Leningradi_Edasi_toimetus, lk 142
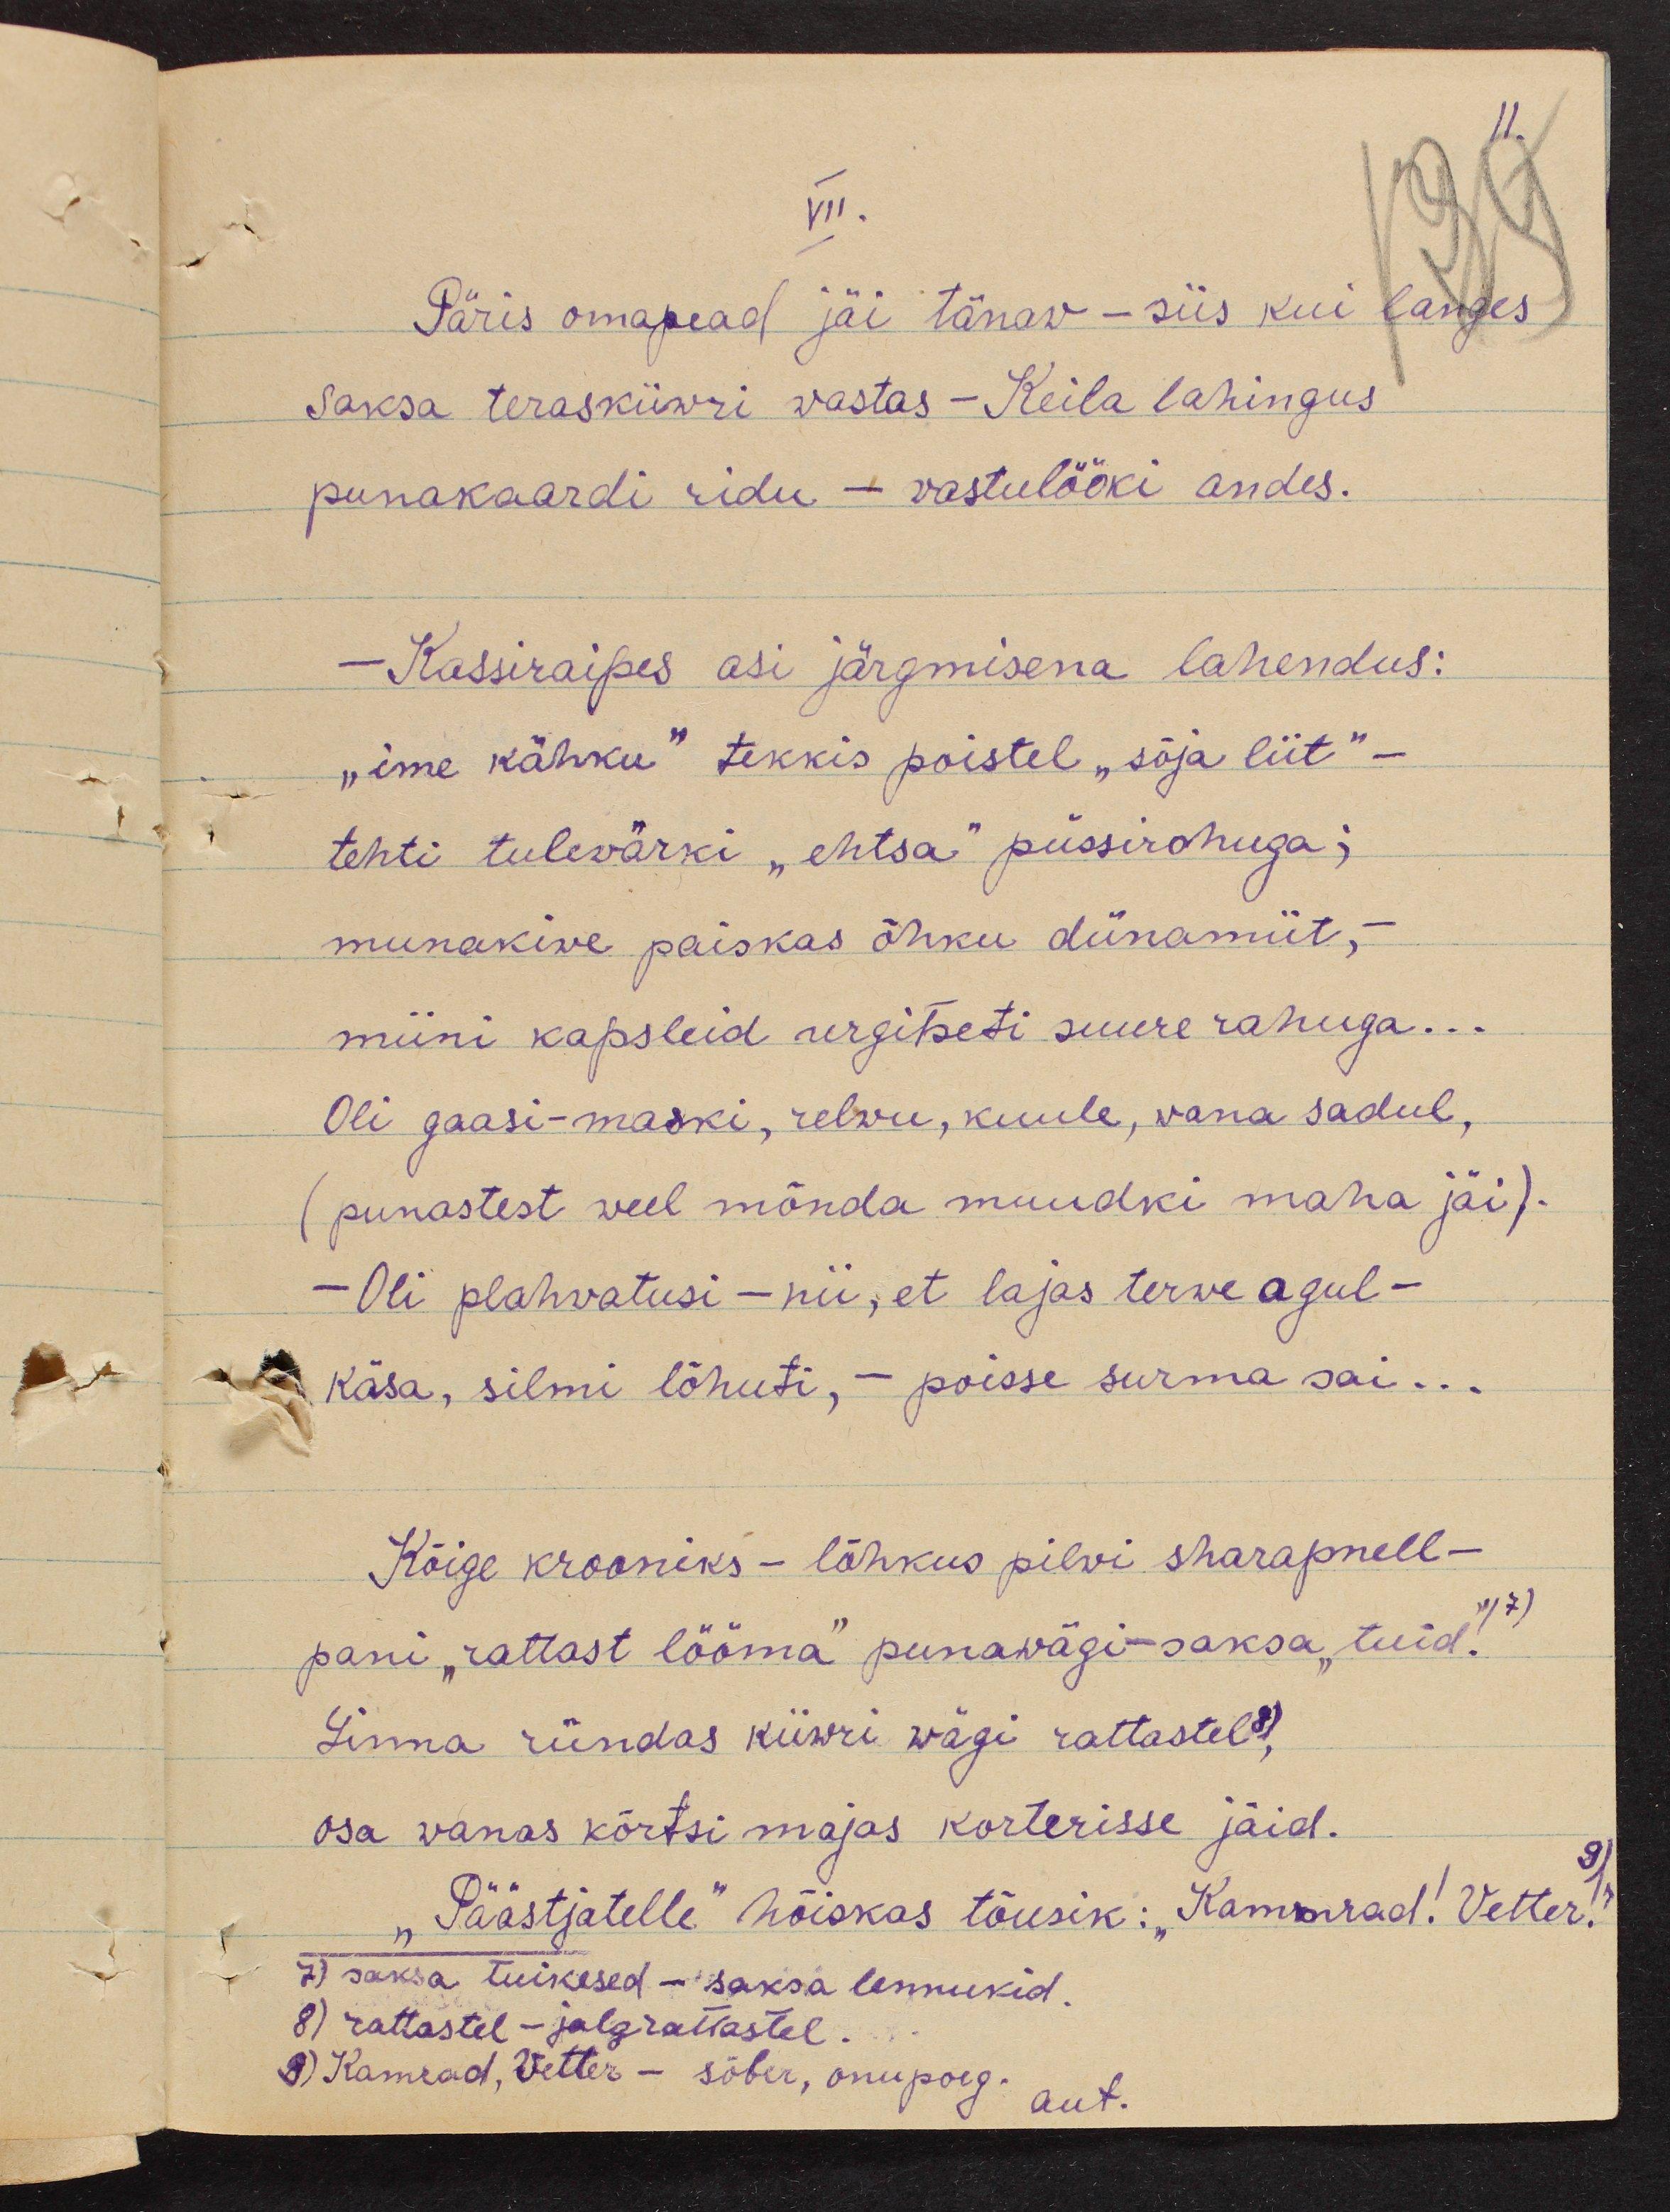
11.
VII.
Päris omapead jäi tänav - siis kui langes,
saksa teraskiiwri wastas - Keila lahingus
punakaardi ridu - wastulööki andes.
-Kassiraipes asi järgmisena lahendus:
"ime kähku" tekkis poistel "sõja liit" -
tehti tulevärki "ehtsa" püssirohuga;
munakive paiskas õhku dünamiit,-
miini kapsleid urgitseti suure rahuga...
Oli gaasi-maski, relwu, kuule, vana sadul,
punastest veel mõnda muudki maha jäi).
- Oli plahvatusi - nii, et lajas terwe agul-
käsa, silmi lõhuti, - poisse surma sai...
Kõige krooniks - lõhkus pilvi sharpnell -
pani "rattast lööma" punawägi-saksa, tuid"! 7)
Linna ründas kiiwri wägi rattastel 8),
osa vanas kõrtsi majas korterisse jäid.
"Päästjatelle" hõiskas tõusik: "Kamrad! Vetter! "
9)
7) saksa tuikesed - saksa lennukid.
8) rattastel - jalgrattastel.
8) Kamrad, Vetter - sõber, onupoeg.
aut.